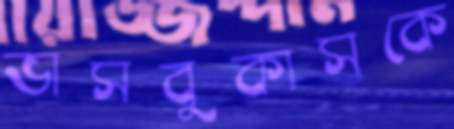
ভাসবুকাসকে